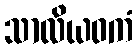
သာလိယဝကံ